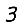
Digit: 3